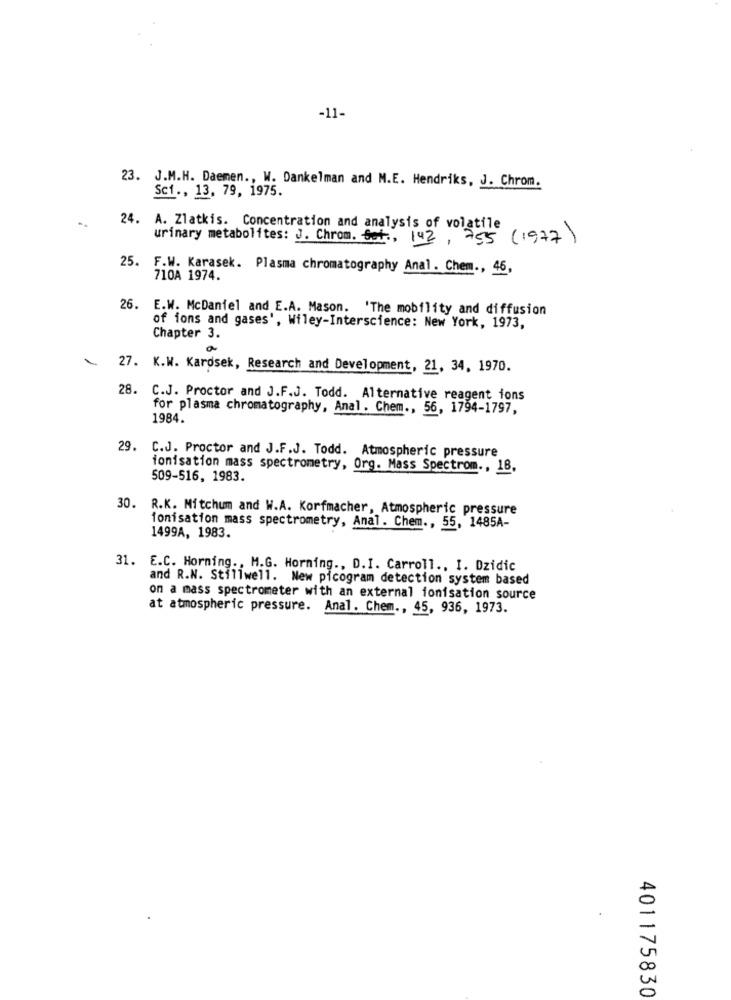
-11-
23. J.M.H. Daemen ., W. Dankelman and M.E. Hendriks, J. Chrom.
Sc1 ., 13, 79, 1975.
24. A. Zlatkis. Concentration and analysis of volatile
urinary metabolites: J. Chrom. Got ., 143 , 755 (1977)
25. F.W. Karasek. Plasma chromatography Anal. Chem ., 46,
710A 1974.
26. E.W. McDaniel and E.A. Mason. 'The mobility and diffusion
Chapter 3.
of ions and gases', Wiley-Interscience: New York, 1973,
27. K.W. Kardsek, Research and Development, 21, 34, 1970.
28. C.J. Proctor and J.F.J. Todd. Alternative reagent ions
for plasma chromatography, Anal. Chem ., 56, 1794-1797,
1984.
29. C.J. Proctor and J.F.J. Todd. Atmospheric pressure
ionisation mass spectrometry, Org. Mass Spectrom ., 18.
509-516, 1983.
30. R.K. Mitchum and W.A. Korfmacher, Atmospheric pressure
fonisation mass spectrometry, Anal. Chem ., 55, 1485A-
1499A, 1983.
31. E.C. Horning ., M.G. Horning ., D.I. Carroll ., I. Dzidic
and R.N. Stillwell. New picogram detection system based
on a mass spectrometer with an external ionisation source
at atmospheric pressure. Anal. Chem ., 45, 936, 1973.
401175830